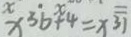
x ^ { 3 b + 4 } = x ^ { 3 1 }